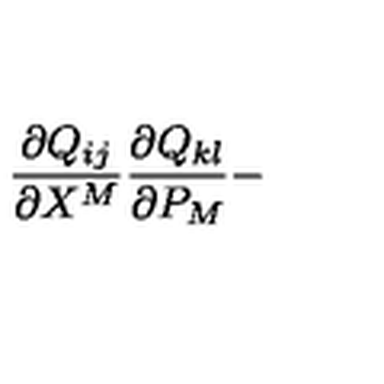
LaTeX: \frac { \partial Q _ { i j } } { \partial X ^ { M } } \frac { \partial Q _ { k l } } { \partial P _ { M } } -